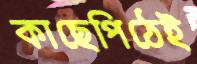
কাছেপিঠেই